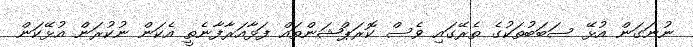
ނުނަގަން އުޅޭ ސަބަބުތަކުގެ ތެރޭގައި ވެސް ކޮރަޕްޝަންތައް ފަޅާއަރާފާނެތީ އެކަން ނުކުރަން އުޅޭކަން